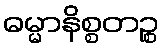
ဓမ္မာနိစ္စတဉ္စ